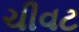
ચીવટ